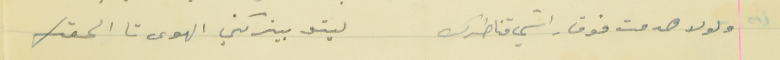
ولولا هدمت فوق راسَي قناطرك                                ليتو بيتركني الهوى تا الحقك